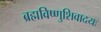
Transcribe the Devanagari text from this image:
ब्रह्मविष्णुशिवादयः